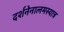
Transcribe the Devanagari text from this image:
दर्शनेनालमस्यात्र